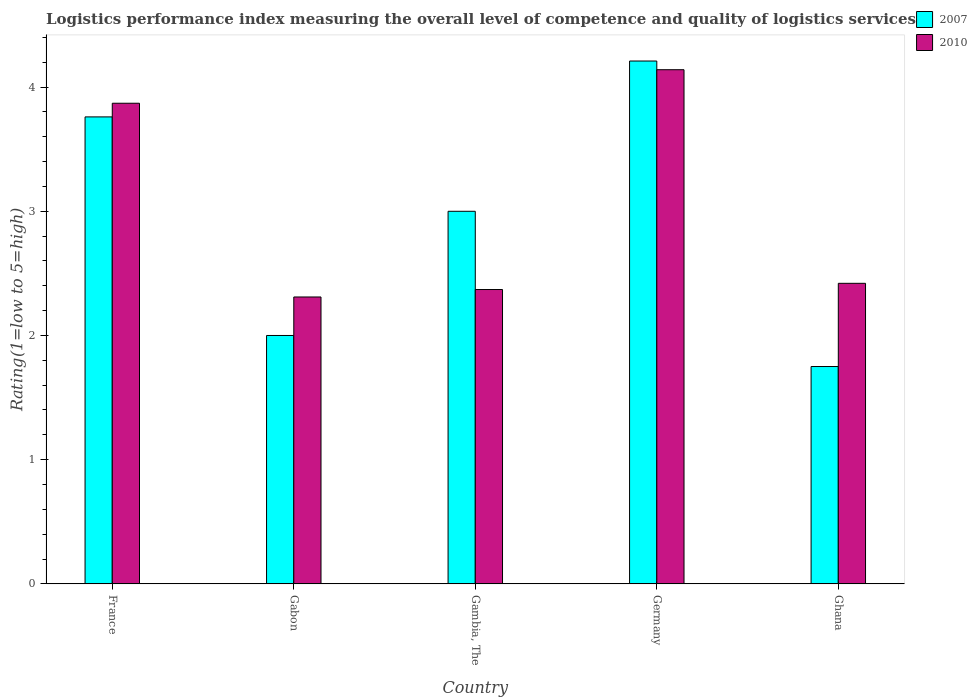
| Country | 2007 | 2010 |
 | --- | --- | --- |
 | France | 3.76 | 3.87 |
 | Gabon | 2 | 2.31 |
 | Gambia, The | 3 | 2.37 |
 | Germany | 4.21 | 4.14 |
 | Ghana | 1.75 | 2.42 |